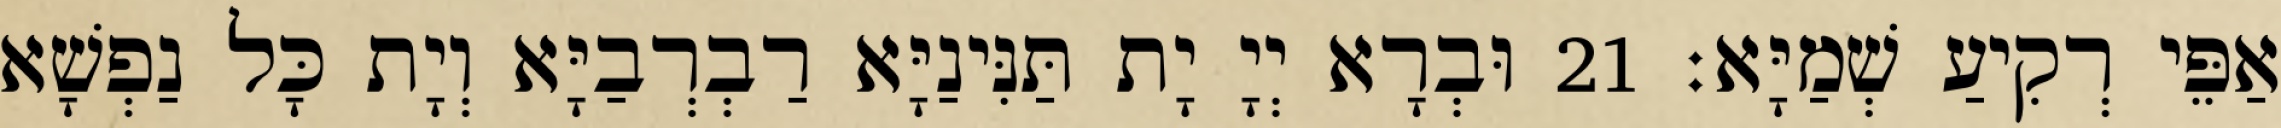
אַפֵּי רְקִיעַ שְׁמַיָּא׃ 21 וּבְרָא יְיָ יָת תַּנִּינַיָּא רַבְרְבַיָּא וְיָת כָּל נַפְשָׁא